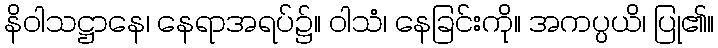
နိဝါသဋ္ဌာနေ၊ နေရာအရပ်၌။ ဝါသံ၊ နေခြင်းကို။ အကပ္ပယိ၊ ပြု၏။